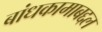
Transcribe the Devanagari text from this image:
बांधकामाबद्दल